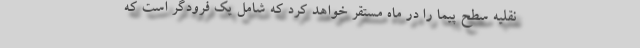
نقلیه سطح پیما را در ماه مستقر خواهد کرد که شامل یک فرودگر است که